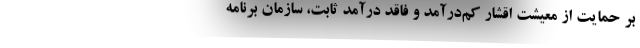
بر حمایت از معیشت اقشار کم‌درآمد و فاقد درآمد ثابت، سازمان برنامه